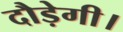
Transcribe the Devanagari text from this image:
दौड़ेगी।